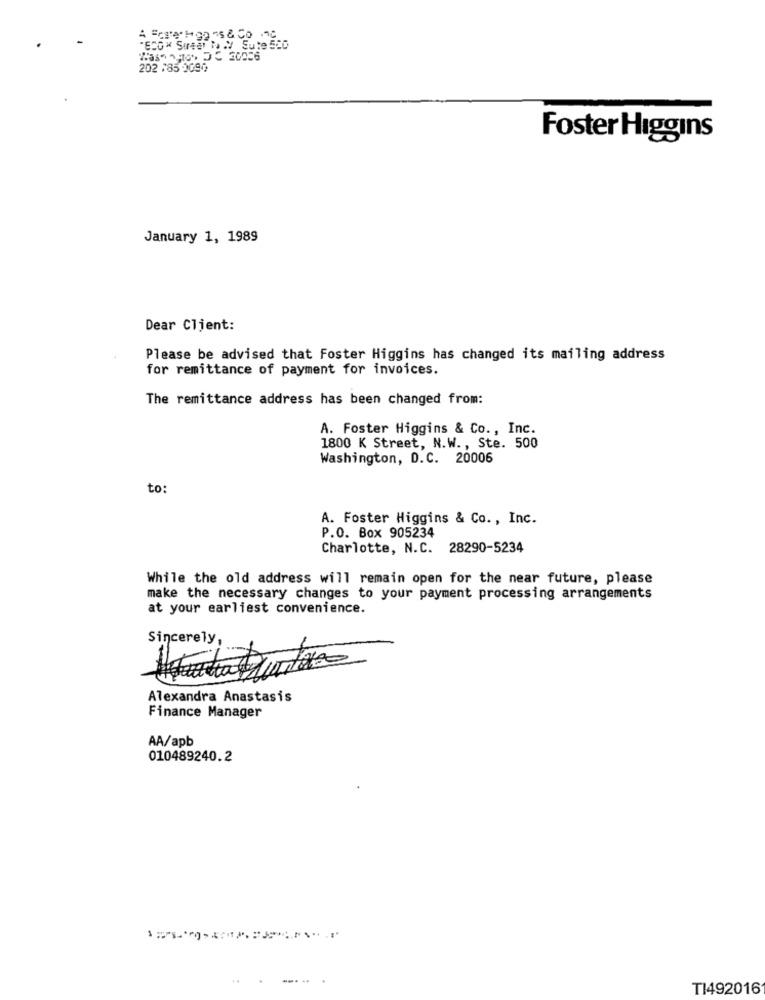
"ECO Sureet Mey Sute 520
202 185 0090
Foster Higgins
January 1, 1989
Dear Client:
Please be advised that Foster Higgins has changed its mailing address
for remittance of payment for invoices.
The remittance address has been changed from:
A. Foster Higgins & Co ., Inc.
1800 K Street, N.W ., Ste. 500
Washington, D.C. 20006
to:
A. Foster Higgins & Co ., Inc.
P.O. Box 905234
Charlotte, N.C. 28290-5234
While the old address will remain open for the near future, please
make the necessary changes to your payment processing arrangements
at your earliest convenience.
Sincerely,
Alexandra Anastasis
Finance Manager
AA/apb
010489240.2
.. .
TI492016